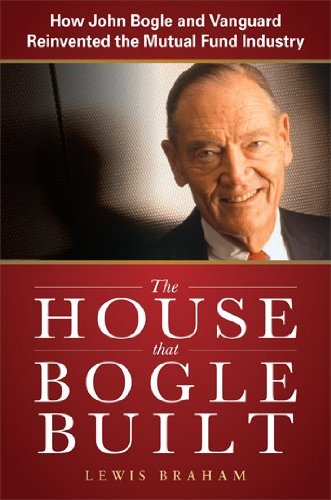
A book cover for The House that Bogle Built: How John Bogle and Vanguard Reinvented the Mutual Fund Industry; Lewis Braham; Business & Money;